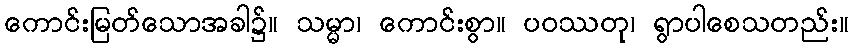
ကောင်းမြတ်သောအခါ၌။ သမ္မာ၊ ကောင်းစွာ။ ပဝဿတု၊ ရွာပါစေသတည်း။